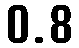
0.8